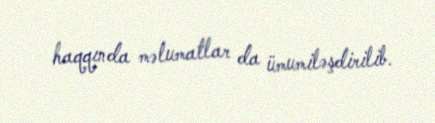
haqqında məlumatlar da ümumiləşdirilib.